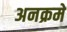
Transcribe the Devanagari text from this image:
अनक्रमे